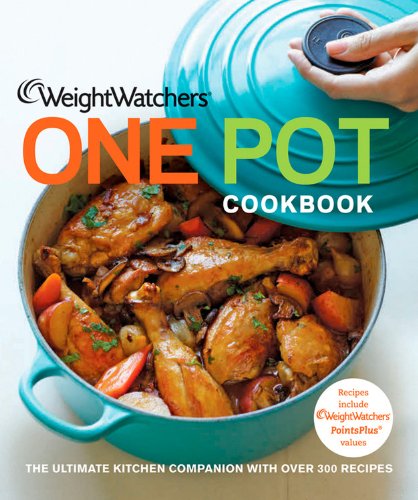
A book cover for Weight Watchers One Pot Cookbook (Weight Watchers Cooking); Weight Watchers; Cookbooks, Food & Wine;